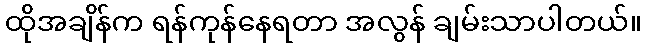
ထိုအချိန်က ရန်ကုန်နေရတာ အလွန် ချမ်းသာပါတယ်။